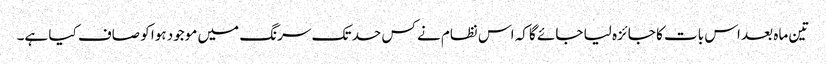
تین ماہ بعد اس بات کا جائزہ لیا جائے گا کہ اس نظام نے کس حد تک سرنگ میں موجود ہوا کو صاف کیا ہے۔